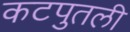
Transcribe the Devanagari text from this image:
कटपुतली